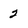
Character: 2